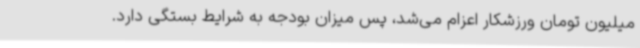
میلیون تومان ورزشکار اعزام می‌شد، پس میزان بودجه به شرایط بستگی دارد.